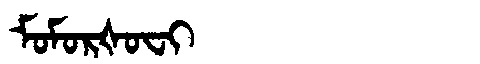
Manchu: ᠮᠣᠮᠣᡵᡧᠣᠸᡳ
Romanization: MOMORŠOFI